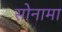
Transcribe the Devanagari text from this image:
सोनामा